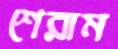
শেরাম